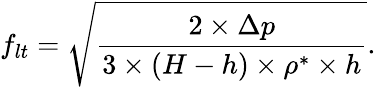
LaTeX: f_{lt}=\sqrt{\frac{2\times\Delta p}{3\times(H-h)\times\rho^{*}\times h}}.